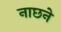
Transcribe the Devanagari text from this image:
नाछने